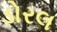
ડોરલ